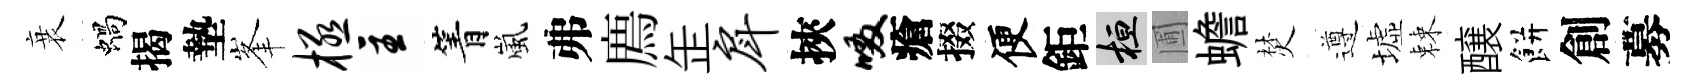
衰蝸揭墊峯极主箐嵐弗廌𦈢戽挾啜瘡掇便鉅桓圃蟾焚遵墟棘醸餅創募